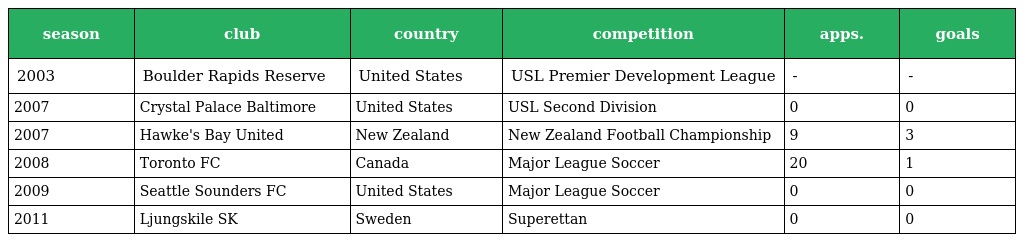
| season | club | country | competition | apps. | goals |
 | --- | --- | --- | --- | --- | --- |
 | 2003 | Boulder Rapids Reserve | United States | USL Premier Development League | - | - |
 | 2007 | Crystal Palace Baltimore | United States | USL Second Division | 0 | 0 |
 | 2007 | Hawke's Bay United | New Zealand | New Zealand Football Championship | 9 | 3 |
 | 2008 | Toronto FC | Canada | Major League Soccer | 20 | 1 |
 | 2009 | Seattle Sounders FC | United States | Major League Soccer | 0 | 0 |
 | 2011 | Ljungskile SK | Sweden | Superettan | 0 | 0 |